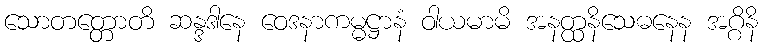
သောတတ္တောတိ ဆန္ဒဒါနေ ဝေဒနာကမ္မဋ္ဌာနံ ဝါယမာမိ အနတ္ထနိသေဓနေန အဂ္ဂိနိ